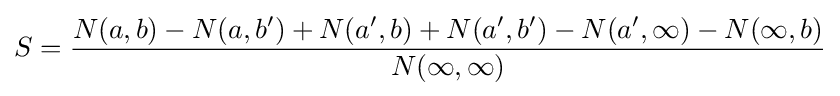
S={\frac {N(a,b)-N(a,b')+N(a',b)+N(a',b')-N(a',\infty )-N(\infty ,b)}{N(\infty ,\infty )}}